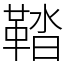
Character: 鞜